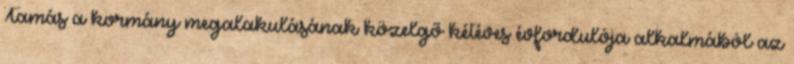
Tamás a kormány megalakulásának közelgő kétéves évfordulója alkalmából az